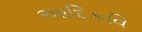
આદિકવિ